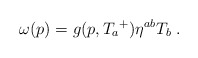
\begin{align*} \omega(p) = g(p,{T_a}^+)\eta^{ab}T_b \;.\end{align*}